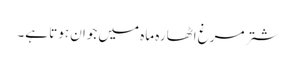
شتر مرغ اٹھارہ ماہ میں جوان ہوتا ہے۔